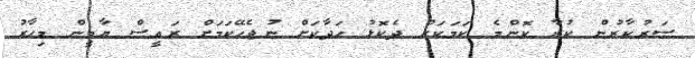
ސަރުކާރުން ކުރާ ކޮންމެ ކަމަކަށް ދެކޮޅު ހަދާކަށް ނުޖެހޭކަމަށް ރައީސް ޔާމީން މިހާރު